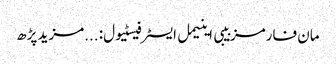
مان فارمز بیبی اینیمل ایسٹر فیسٹیول:	...مزید پڑھ